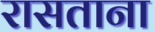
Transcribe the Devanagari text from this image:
रासताना